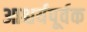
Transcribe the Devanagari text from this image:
आश्चर्यपूर्वक